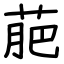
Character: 萉